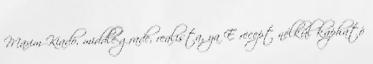
Maxim Kiadó, middle-grade, realista, ya E recept nélkül kapható